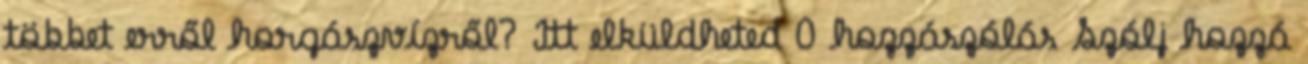
többet erről horgászvízről? Itt elküldheted 0 hozzászólás Szólj hozzá